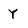
Character: Y